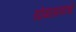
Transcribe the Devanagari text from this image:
योगासनाचे